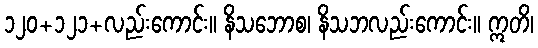
၁၂၀+၁၂၁+လည်းကောင်း။ နိသဘောစ၊ နိသဘလည်းကောင်း။ ဣတိ၊